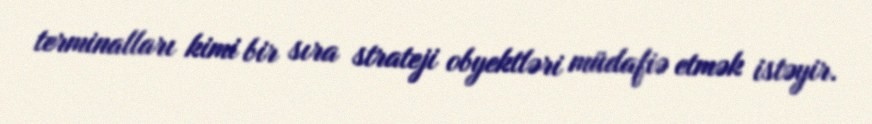
terminalları kimi bir sıra strateji obyektləri müdafiə etmək istəyir.